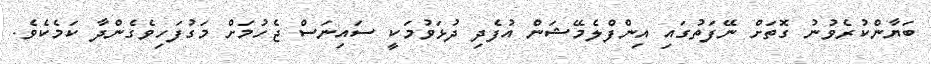
ބަޔާންކުރެވުނު ގޮތަށް ނޭފަތުގައި އިންފްލެމޭޝަން އުފެދި ދުޅަވުމަކީ ސައިނަސް ޖެހުމަށް މަގުފަހިވެގެންދާ ކަމެކެވެ.